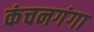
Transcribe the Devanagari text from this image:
कंचनगंगा